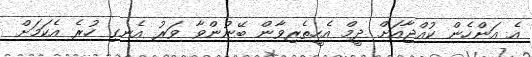
އެ އަންހެން ކުއްޖާއަށް ދީމް އެހީތެރިވާން ބޭނުންވާ ވަރު އެނގި ހުރެ އެކަމަށް